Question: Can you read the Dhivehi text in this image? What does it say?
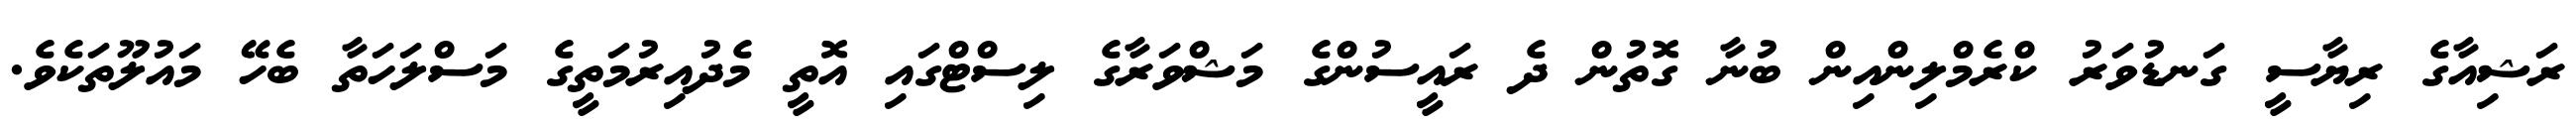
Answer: ރަޝިއާގެ ރިޔާސީ ގަނޑުވަރު ކްރެމްލިންއިން ބުނާ ގޮތުން ދެ ރައީސުންގެ މަޝްވަރާގެ ލިސްޓްގައި އޮތީ މެދުއިރުމަތީގެ މަސްލަހަތާ ބެހޭ މައުލޫތަކެވެ.